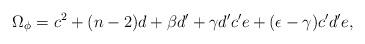
LaTeX: \begin{align*}\Omega_{\phi} = c^2 + (n-2) d + \beta d' + \gamma d' c' e + (\epsilon - \gamma) c' d' e,\end{align*}